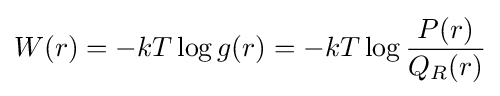
W(r)=-kT\log g(r)=-kT\log {\frac {P(r)}{Q_{R}(r)}}